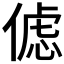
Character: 𰂦